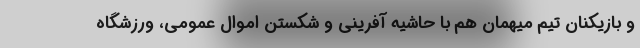
و بازیکنان تیم میهمان هم با حاشیه آفرینی و شکستن اموال عمومی، ورزشگاه